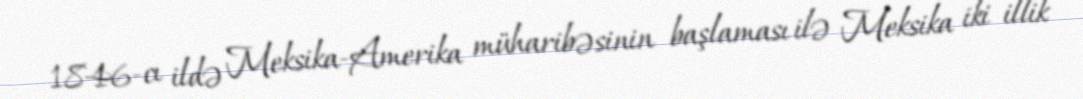
1846-cı ildə Meksika-Amerika müharibəsinin başlaması ilə Meksika iki illik